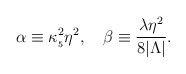
\begin{align*}\alpha \equiv \kappa_{_5}^2 \eta^2,\ \ \ \beta \equiv \frac{\lambda \eta^2}{8 |\Lambda|}.\end{align*}